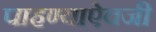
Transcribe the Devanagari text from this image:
पाहण्याऐवजी